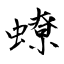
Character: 蟟